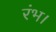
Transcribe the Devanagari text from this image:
रंभ।